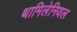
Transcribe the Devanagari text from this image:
थामिलेनियल